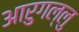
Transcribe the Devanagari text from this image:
आरुगल्लु